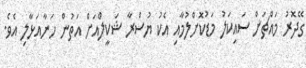
ގޭދޮރު މައްޗަށް ސައިކަލު މަޑުކޮށްލުމާއި އެކު ޔުސްރާ ޝަކީލްއަށް އަތުން ހަނާއަޅާލި އެވެ.